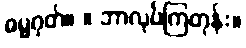
ဓမ္မဂုတ်။ ။ ဘာလုပ်ကြတုန်း။